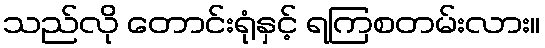
သည်လို တောင်းရုံနှင့် ရကြစတမ်းလား။